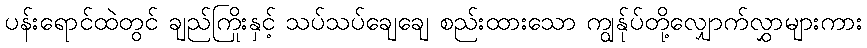
ပန်းရောင်ထဲတွင် ချည်ကြိုးနှင့် သပ်သပ်ချေချေ စည်းထားသော ကျွန်ုပ်တို့လျှောက်လွှာများကား